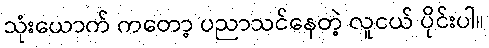
သုံးယောက် ကတော့ ပညာသင်နေတဲ့ လူငယ် ပိုင်းပါ။